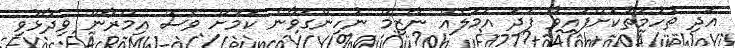
އަދި ތުހުމަތުކޮށްފައިވާ ފަދަ އަމަލެއް ނާޒިމް ނުހިންގަވާނެ ކަމަށް ވެސް އިމްރާން ވިދާޅުވި